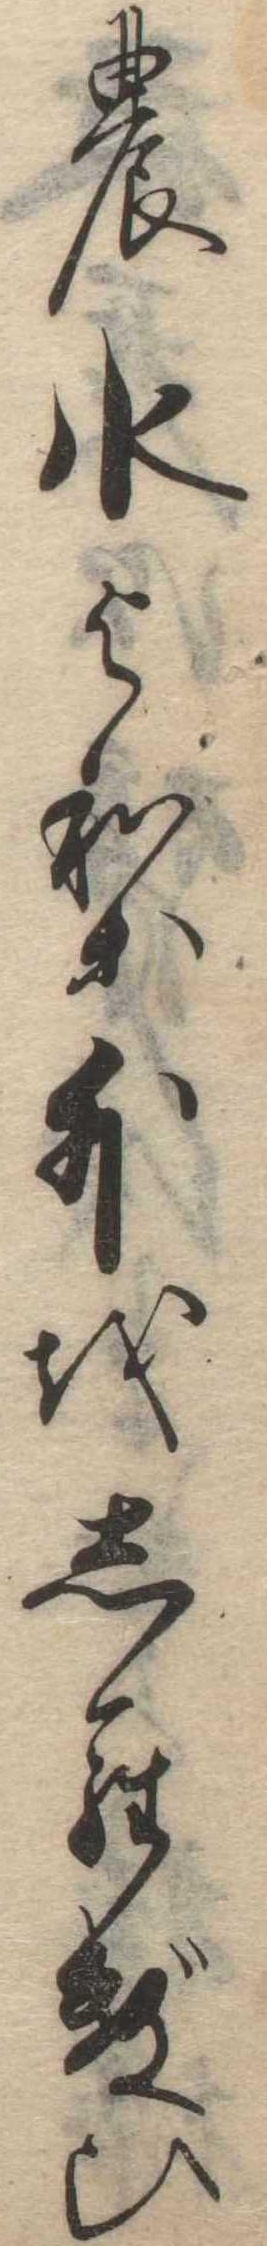
の水より外をしらずひ